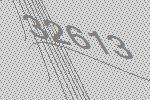
32613